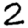
Digit: 2